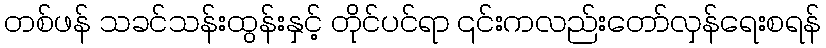
တစ်ဖန် သခင်သန်းထွန်းနှင့် တိုင်ပင်ရာ ၎င်းကလည်းတော်လှန်ရေးစရန်